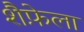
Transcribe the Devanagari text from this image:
शैफ़ेला